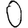
Digit: 0